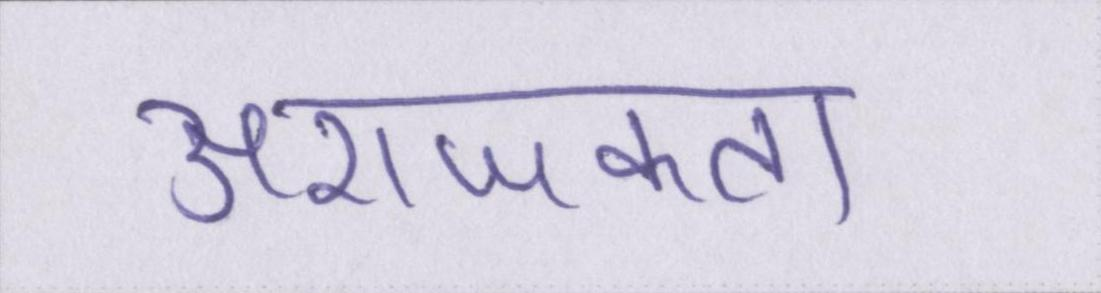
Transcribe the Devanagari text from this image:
अराजकता